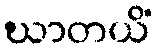
ဃာတယိံ